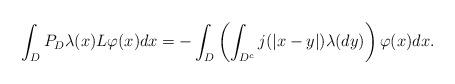
LaTeX: \begin{align*}\int_D P_D\lambda(x)L\varphi(x)dx=-\int_D \left(\int_{D^c}j(|x-y|)\lambda(dy)\right)\varphi(x)dx.\end{align*}